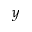
y